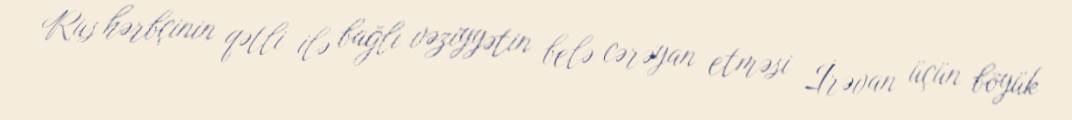
Rus hərbçinin qətli ilə bağlı vəziyyətin belə cərəyan etməsi İrəvan üçün böyük